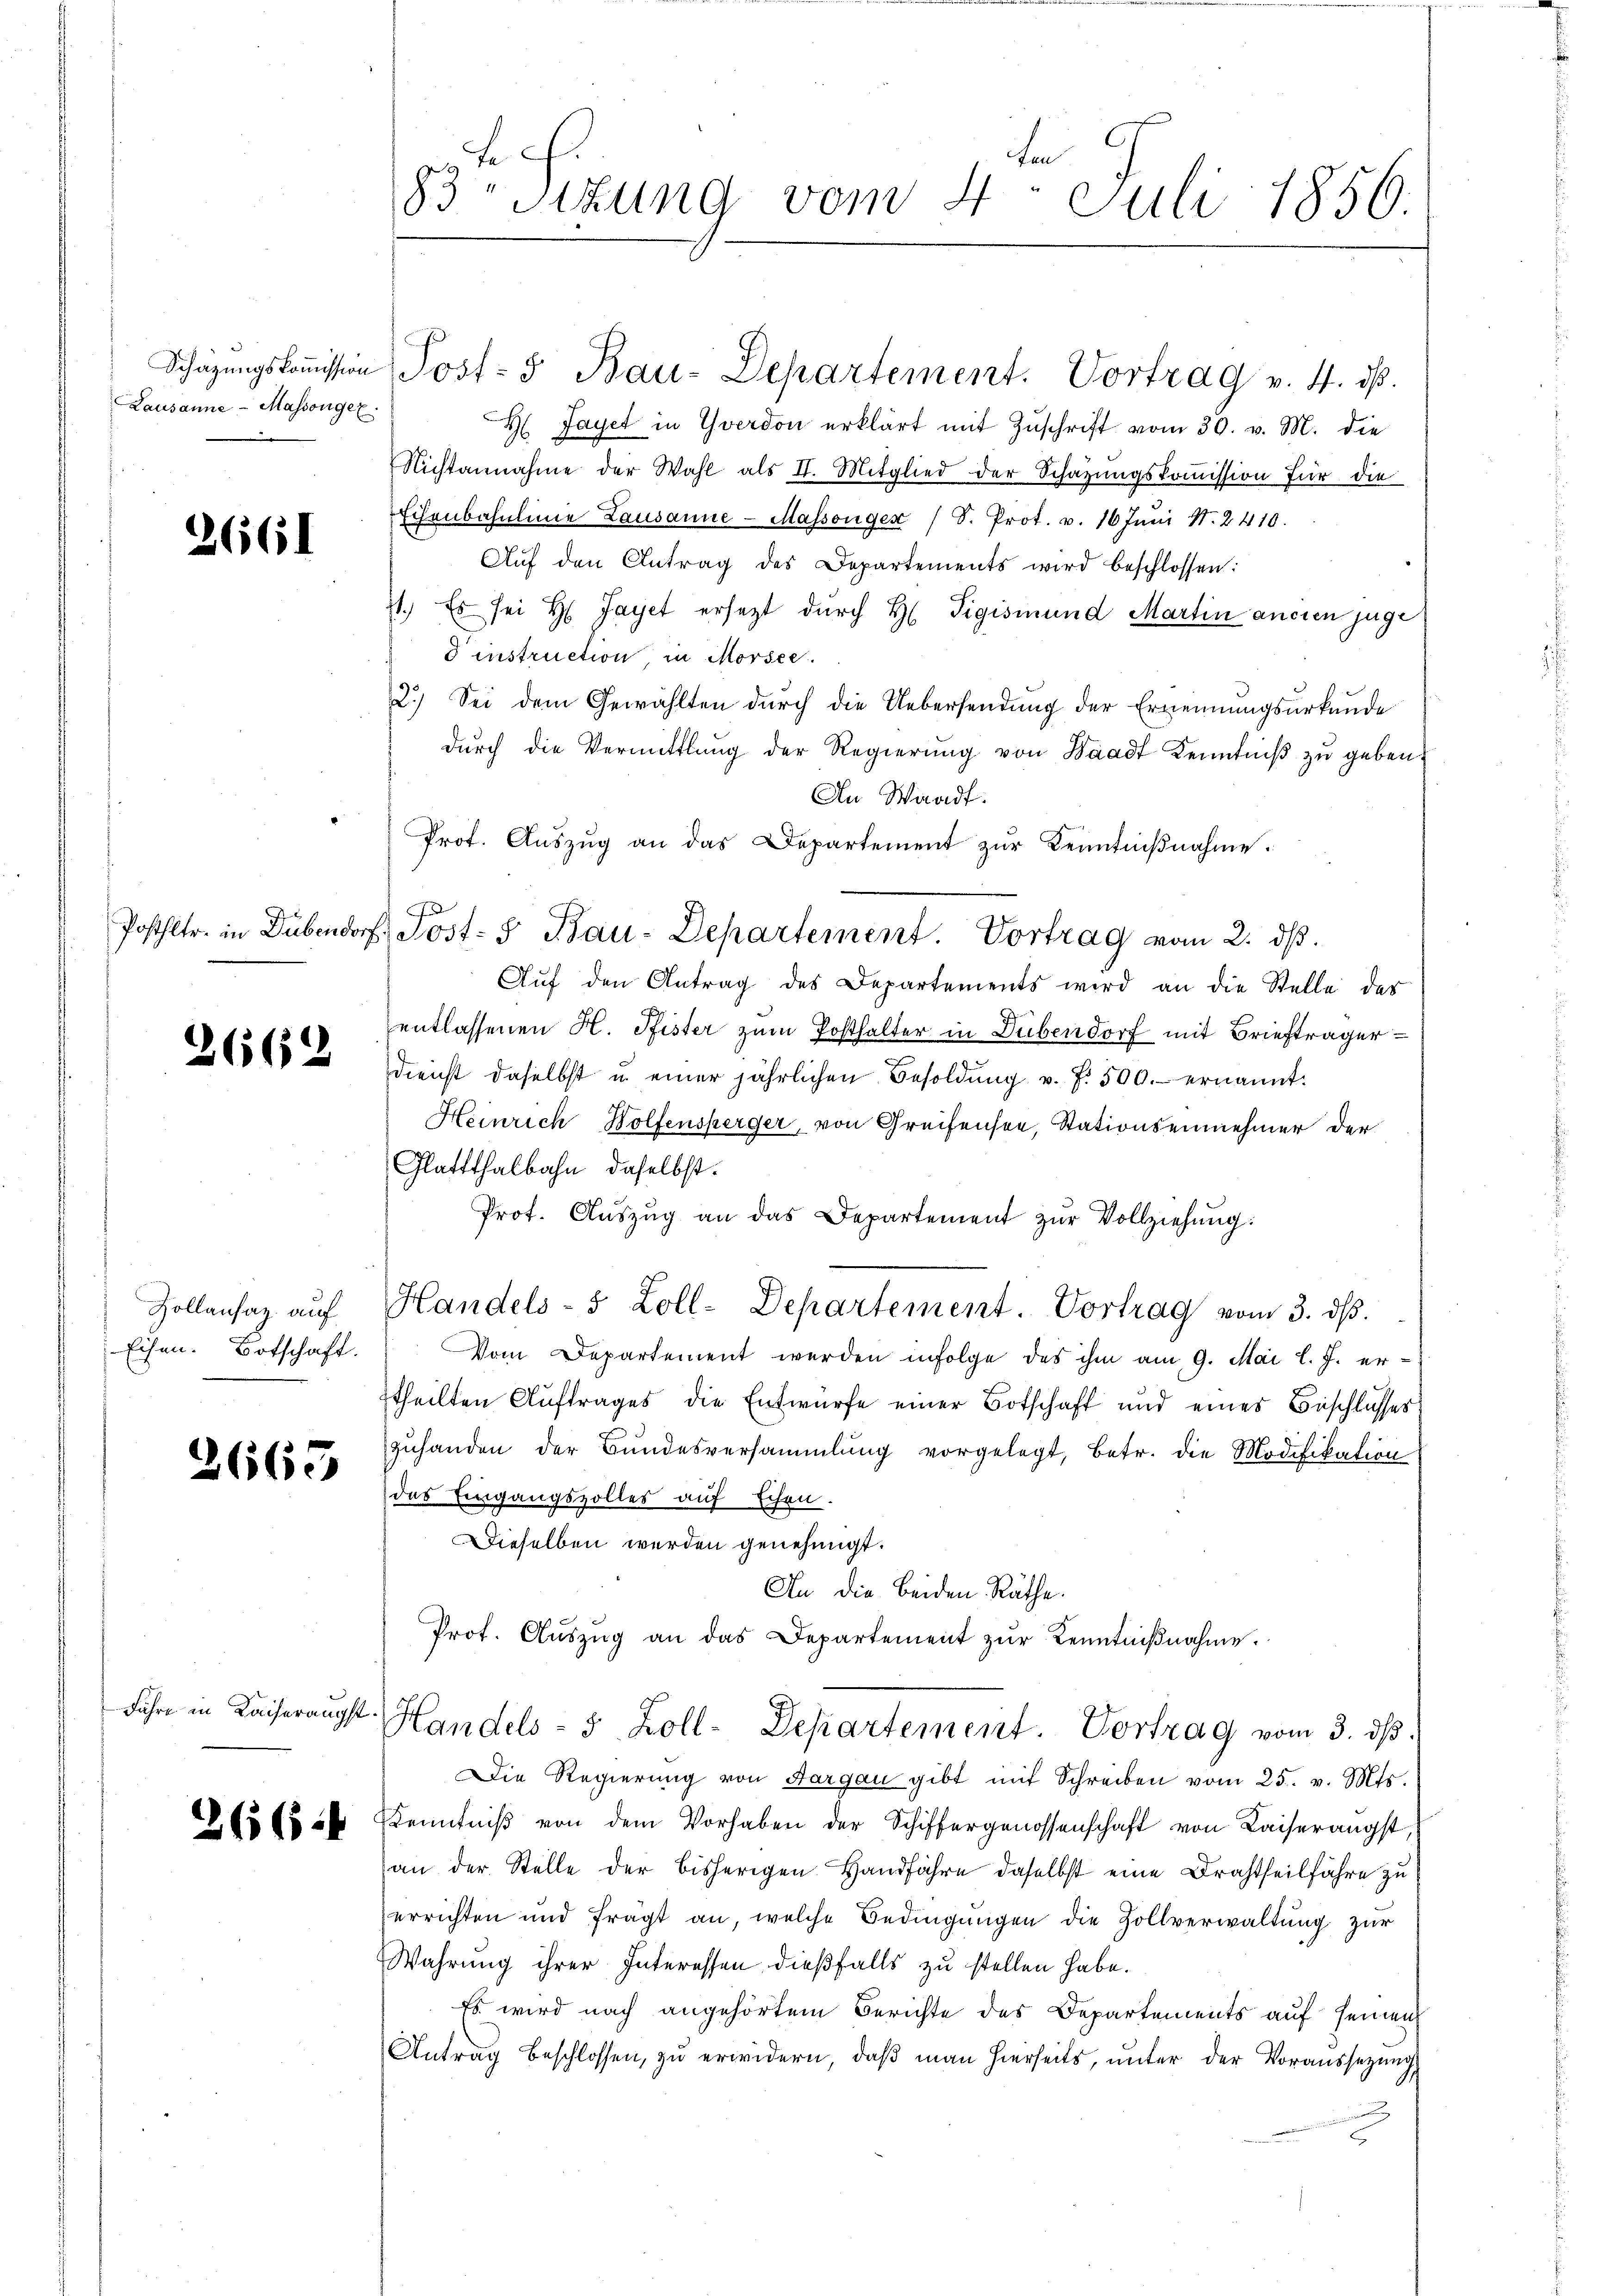
Lausanne - Massenger.

2661

2662

Eisen. Botschaft.

2663

Führe in Kaiseraugst.

ten
83 Sitzung vom 4. Juli 1856.

H Jayet in Yverdon erklärt mit Zuschrift vom 30. v. M. die
Nichtannahme der Wahl als II. Mitglied der Schazungskoṁission für die
Eisenbahnlinie Lausanne - Massengen (S. Prot. v. 16 Jŭni N. 2410.
Aŭf den Antrag des Departements wird beschlossen:
zt. Es sei Hr. Jayet ersetzt durch H. Vigismund Martin ancien juge
d instruction in Morsee.
2.) Sei dem Gewählten durch die Uebersendung der Ernennungsurkunde
dŭrch die Vermittlung der Regierŭng von Waadt Kenntniß zu geben.
An Waadt.
Prot. Auszug an das Departement zur Kenntnißnahme:
Posthltr. in Dübendorf, Jost- u Bau-Departement. Vortrag vom 2. dβ.
Aŭf den Antrag des Departements wird an die Stelle des
entlassenen H. Pfister zum Posthalter in Dübendorf mit Briefträger
dienst daselbst u. einer jährlichen Besoldŭng u. f. 500. ernannt.
Heinrich Wolfensperger, von Greifensee, Stationseinnehmer der
Glattthalbahn, daselbst.
Prot. Aŭszŭg an das Departement zŭr Vollziehŭng:
Zollensaz aŭf Handels- 5 Zoll-Departement. Vortrag vom 3. dβ.
Vom Departement werden infolge des ihm am 9. Mai l. J. er-
theilten Auftrages die Entwürfe einer Botschaft und eines Beschlusses
zuhanden der Bundesversammlung vorgelegt, betr. die Modifikation
das Eingangszolles auf Eisen.
Dieselben werden genehmigt.
An die beiden Räthe.
Prof. Aŭszŭg an das Departement zŭr Kenntniβnahme.
Handels- 5 Zoll-Departement. Vortrag vom 3. dβ.
Die Regierŭng von Aargau gibt mit Schreiben vom 25. v. Mts.
26868 e Kenntniβ von dem Vorhaben der Schiffergenossenschaft von Kaiserangst,
an der Stelle der bisherigen Handfahre daselbst eine Brachtheilfahre zu
errichten und frägt an, welche Bedingungen die Zollverwaltung zur
Wahrung ihrer Interessen dießfalls zu stellen habe.
Es wird nach angehörtem Berichte des Departements auf seinen
Antrag beschlossen, zu erwidern, daß man hierseits, unter der Voraussezung

F

Schäzŭngskoṁission Post- & Bau-Departement. Vortrag v. 4. dβ.